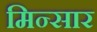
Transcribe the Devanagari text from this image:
मिन्सार